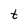
Character: t